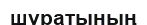
шұратының